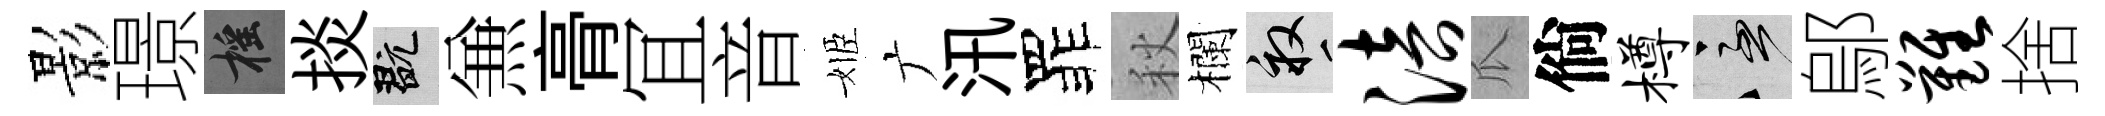
影璟摇掞玩𠔥𮌔冝音姬广汛罪秋欄畝涪瓜倘樽急鄔难捨